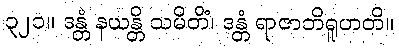
၃၂၁။ ဒန္တံ နယန္တိ သမိတိံ၊ ဒန္တံ ရာဇာဘိရူဟတိ။